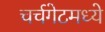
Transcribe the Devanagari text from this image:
चर्चगेटमध्ये